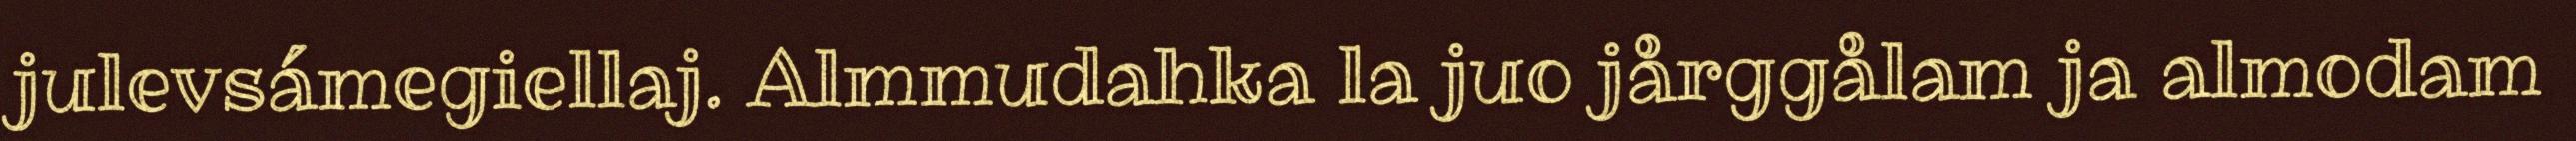
julevsámegiellaj. Almmudahka la juo jårggålam ja almodam